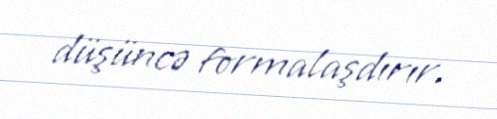
düşüncə formalaşdırır.